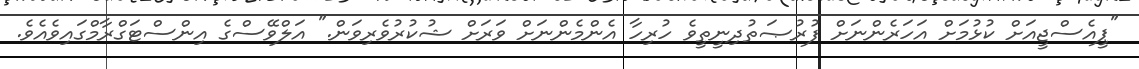
"ޕީއެސްޖީއަށް ކުޅުމަށް އަހަރެންނަށް ފުރުޞަތުދިނީތީވެ ހުރިހާ އެންމެންނަށް ވަރަށް ޝުކުރުވެރިވަން." އަލްވޭސްގެ އިންސްޓަގްރާމްގައިވެއެވެ.